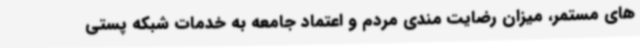
های مستمر، میزان رضایت مندی مردم و اعتماد جامعه به خدمات شبکه پستی